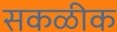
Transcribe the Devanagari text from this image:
सकळीक